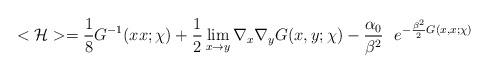
LaTeX: \begin{align*}< {\cal{H}} > = {1 \over 8} G^{-1}(xx;\chi) + {1 \over 2}\lim_{x \rightarrow y} \nabla_x \nabla_y G(x,y;\chi) - {\alpha_0 \over \beta^2}~~ e^{- {\beta^2 \over 2} G(x,x;\chi)}\end{align*}